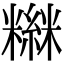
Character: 𥼮